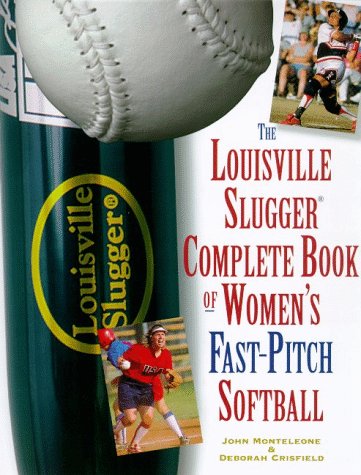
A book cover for The Louisville Slugger Complete Book of Women's Fast-Pitch Softball; John Monteleone; Sports & Outdoors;